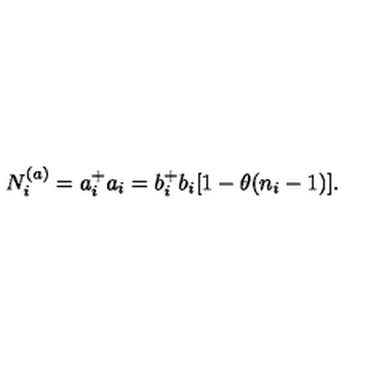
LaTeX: N _ { i } ^ { ( a ) } = a _ { i } ^ { + } a _ { i } = b _ { i } ^ { + } b _ { i } [ 1 - \theta ( n _ { i } - 1 ) ] .